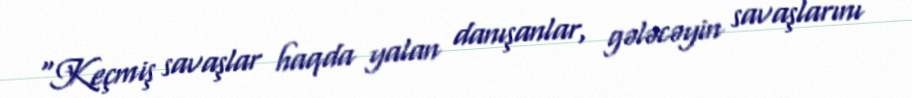
“Keçmiş savaşlar haqda yalan danışanlar, gələcəyin savaşlarını